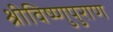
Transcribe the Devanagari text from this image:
श्रीविष्णुपुराण